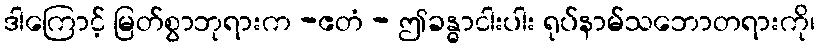
ဒါကြောင့် မြတ်စွာဘုရားက -ဧတံ - ဤခန္ဓာငါးပါး ရုပ်နာမ်သဘောတရားကို၊